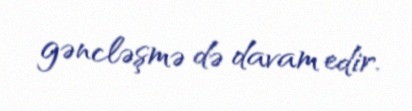
gəncləşmə də davam edir.